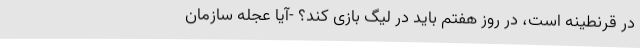
در قرنطینه است، در روز هفتم باید در لیگ بازی کند؟ -آیا عجله سازمان